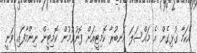
އެކަމާ ގުޅިގެން އެ މައްސަލަ އަނބުރާ ކޮމިޓީއަށް ފޮނުވުމުން ކޮމިޓީން ނިންމާފައި ވަނީ